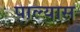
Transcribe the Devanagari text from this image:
पाल्यास